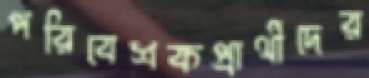
পরিবেশকপ্রার্থীদের